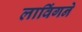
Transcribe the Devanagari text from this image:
लाविंगने